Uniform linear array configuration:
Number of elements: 48
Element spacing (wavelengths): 0.75
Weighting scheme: uniform
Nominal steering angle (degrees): -30
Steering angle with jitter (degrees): -28.965
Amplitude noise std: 0.05
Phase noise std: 0.05

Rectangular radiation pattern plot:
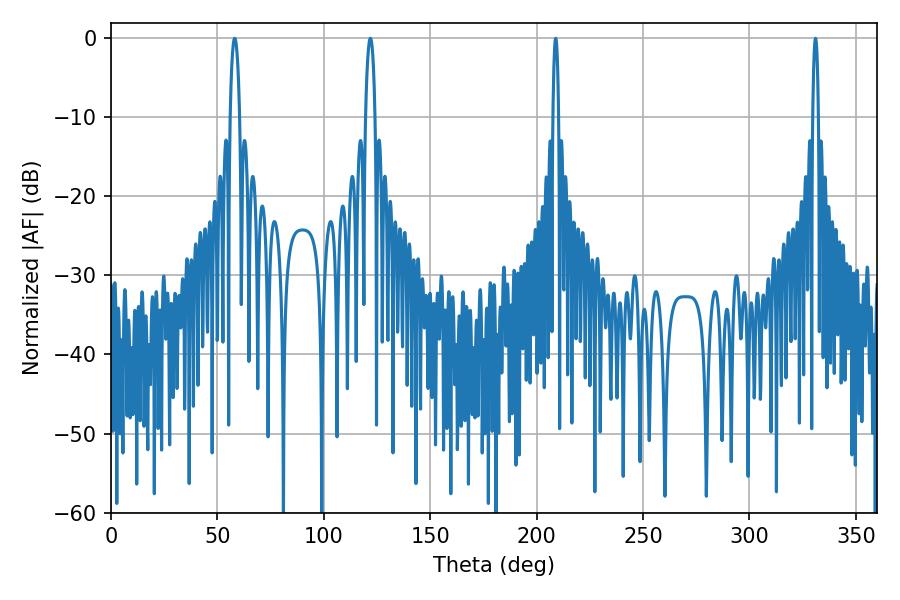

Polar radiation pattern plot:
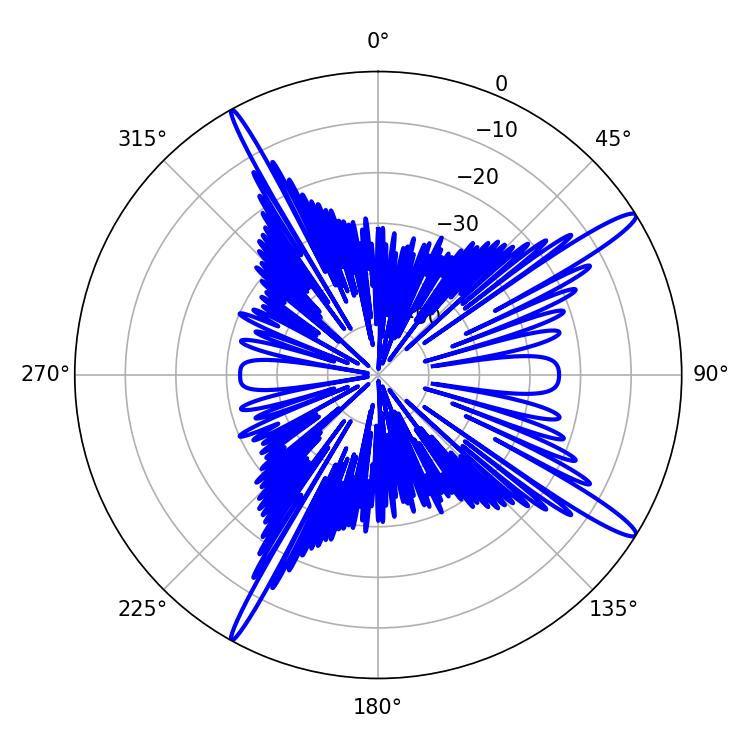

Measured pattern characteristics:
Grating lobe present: TRUE
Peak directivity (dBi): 15.325
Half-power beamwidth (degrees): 2.52
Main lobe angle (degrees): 58.14